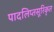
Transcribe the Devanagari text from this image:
पादलिप्तसूरिकृत